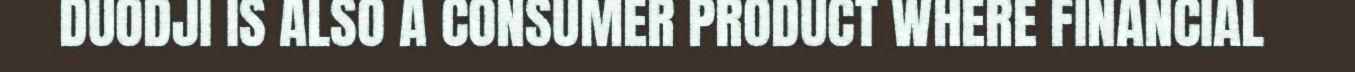
DUODJI IS ALSO A CONSUMER PRODUCT WHERE FINANCIAL